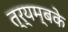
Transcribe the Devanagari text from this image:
त्र्यम्बके